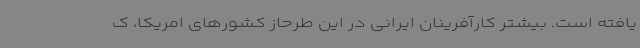
یافته است. بیشتر کارآفرینان ایرانی در این طرحاز کشورهای امریکا، ک